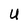
Character: U